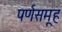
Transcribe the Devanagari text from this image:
पर्णसमूह